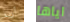
أريد اياها